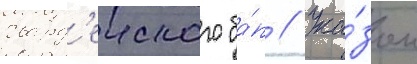
гвард'еиского ба́п // Ука́зом